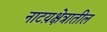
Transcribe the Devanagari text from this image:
नाटय़क्षेत्रातील